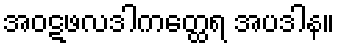
အဝဋဖလဒါကတ္ထေရ အပဒါန။